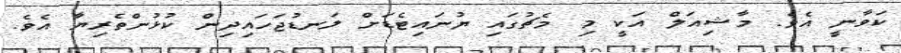
ކަވާނީ އެވެ. މާޝިއަލް އަކީ މި މެޗުގައި ޔުނައިޓެޑަށް ލަނޑުޖަހައިދިން ކުޅުންތެރިޔާ އެވެ.